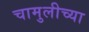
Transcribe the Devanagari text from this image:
चामुलीच्या